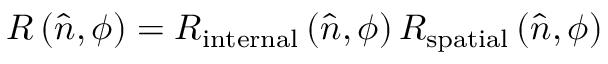
R \left( { \hat { n } } , \phi \right) = R _ { \mathrm { i n t e r n a l } } \left( { \hat { n } } , \phi \right) R _ { \mathrm { s p a t i a l } } \left( { \hat { n } } , \phi \right)